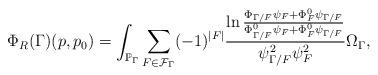
LaTeX: \begin{align*}\Phi_R(\Gamma)(p,p_0)=\int_{\mathbb{P}_\Gamma}\sum_{F\in\mathcal{F}_\Gamma}(-1)^{|F|}\frac{\ln\frac{\Phi_{\Gamma/F}\psi_F+\Phi^0_F\psi_{\Gamma/F}}{\Phi^0_{\Gamma/F}\psi_F+\Phi^0_F\psi_{\Gamma/F}}}{\psi^2_{\Gamma/F}\psi^2_F} \Omega_\Gamma,\end{align*}